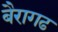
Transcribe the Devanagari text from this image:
बैरागढ